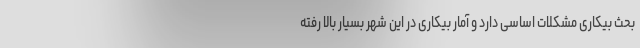
بحث بیکاری مشکلات اساسی دارد و آمار بیکاری در این شهر بسیار بالا رفته